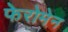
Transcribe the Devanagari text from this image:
फेरोमेन